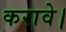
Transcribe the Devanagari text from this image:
करावे।